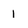
Character: 1